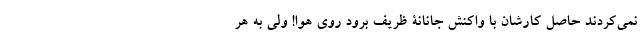
نمی‌کردند حاصل کارشان با واکنش جانانۀ ظریف برود روی هوا! ولی به هر